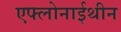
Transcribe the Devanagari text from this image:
एफ्लोनाईथीन